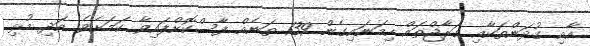
އާއި ގުދަންތަކާއި ގަރާޖްތައް ހިމަނައިގެން 139 ތަނެއް ފާސްކޮށްފައިވާ ކަމަށެވެ. އަދި މުޅި